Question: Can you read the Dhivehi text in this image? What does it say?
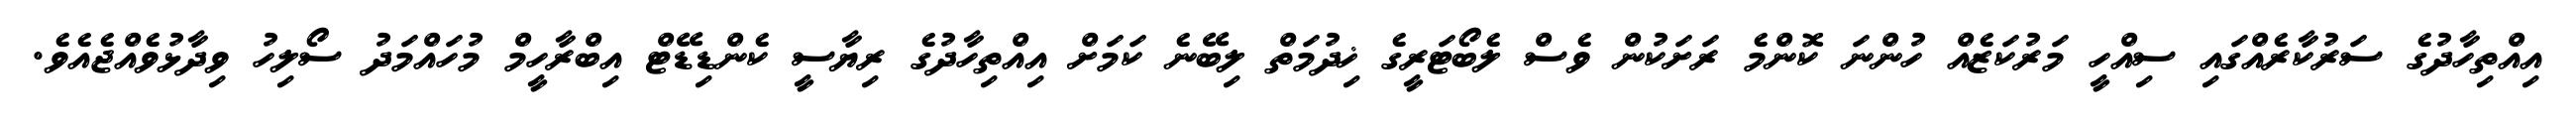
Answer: އިއްތިހާދުގެ ސަރުކާރެއްގައި ސިއްހީ މަރުކަޒެއް ހުންނަ ކޮންމެ ރަށަކުން ވެސް ލެބޯޓަރީގެ ޚިދުމަތް ލިބޭނެ ކަމަށް އިއްތިހާދުގެ ރިޔާސީ ކެންޑިޑޭޓް އިބްރާހީމް މުހައްމަދު ސޯލިހު ވިދާޅުވެއްޖެއެވެ.